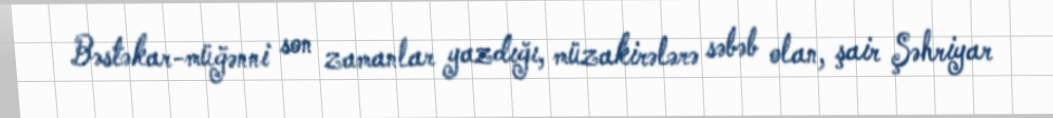
Bəstəkar-müğənni son zamanlar yazdığı, müzakirələrə səbəb olan, şair Şəhriyar